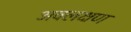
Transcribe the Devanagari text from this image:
अवलक्षण